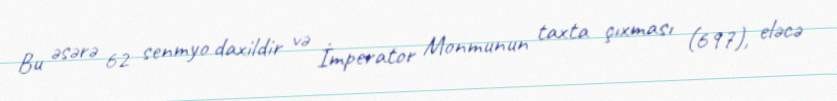
Bu əsərə 62 senmyo daxildir və İmperator Monmunun taxta çıxması (697), eləcə